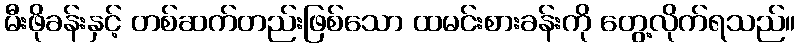
မီးဖိုခန်းနှင့် တစ်ဆက်တည်းဖြစ်သော ထမင်းစားခန်းကို တွေ့လိုက်ရသည်။